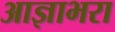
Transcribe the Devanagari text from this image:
आज्ञाभरा